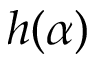
h ( \alpha )